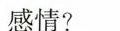
感情?